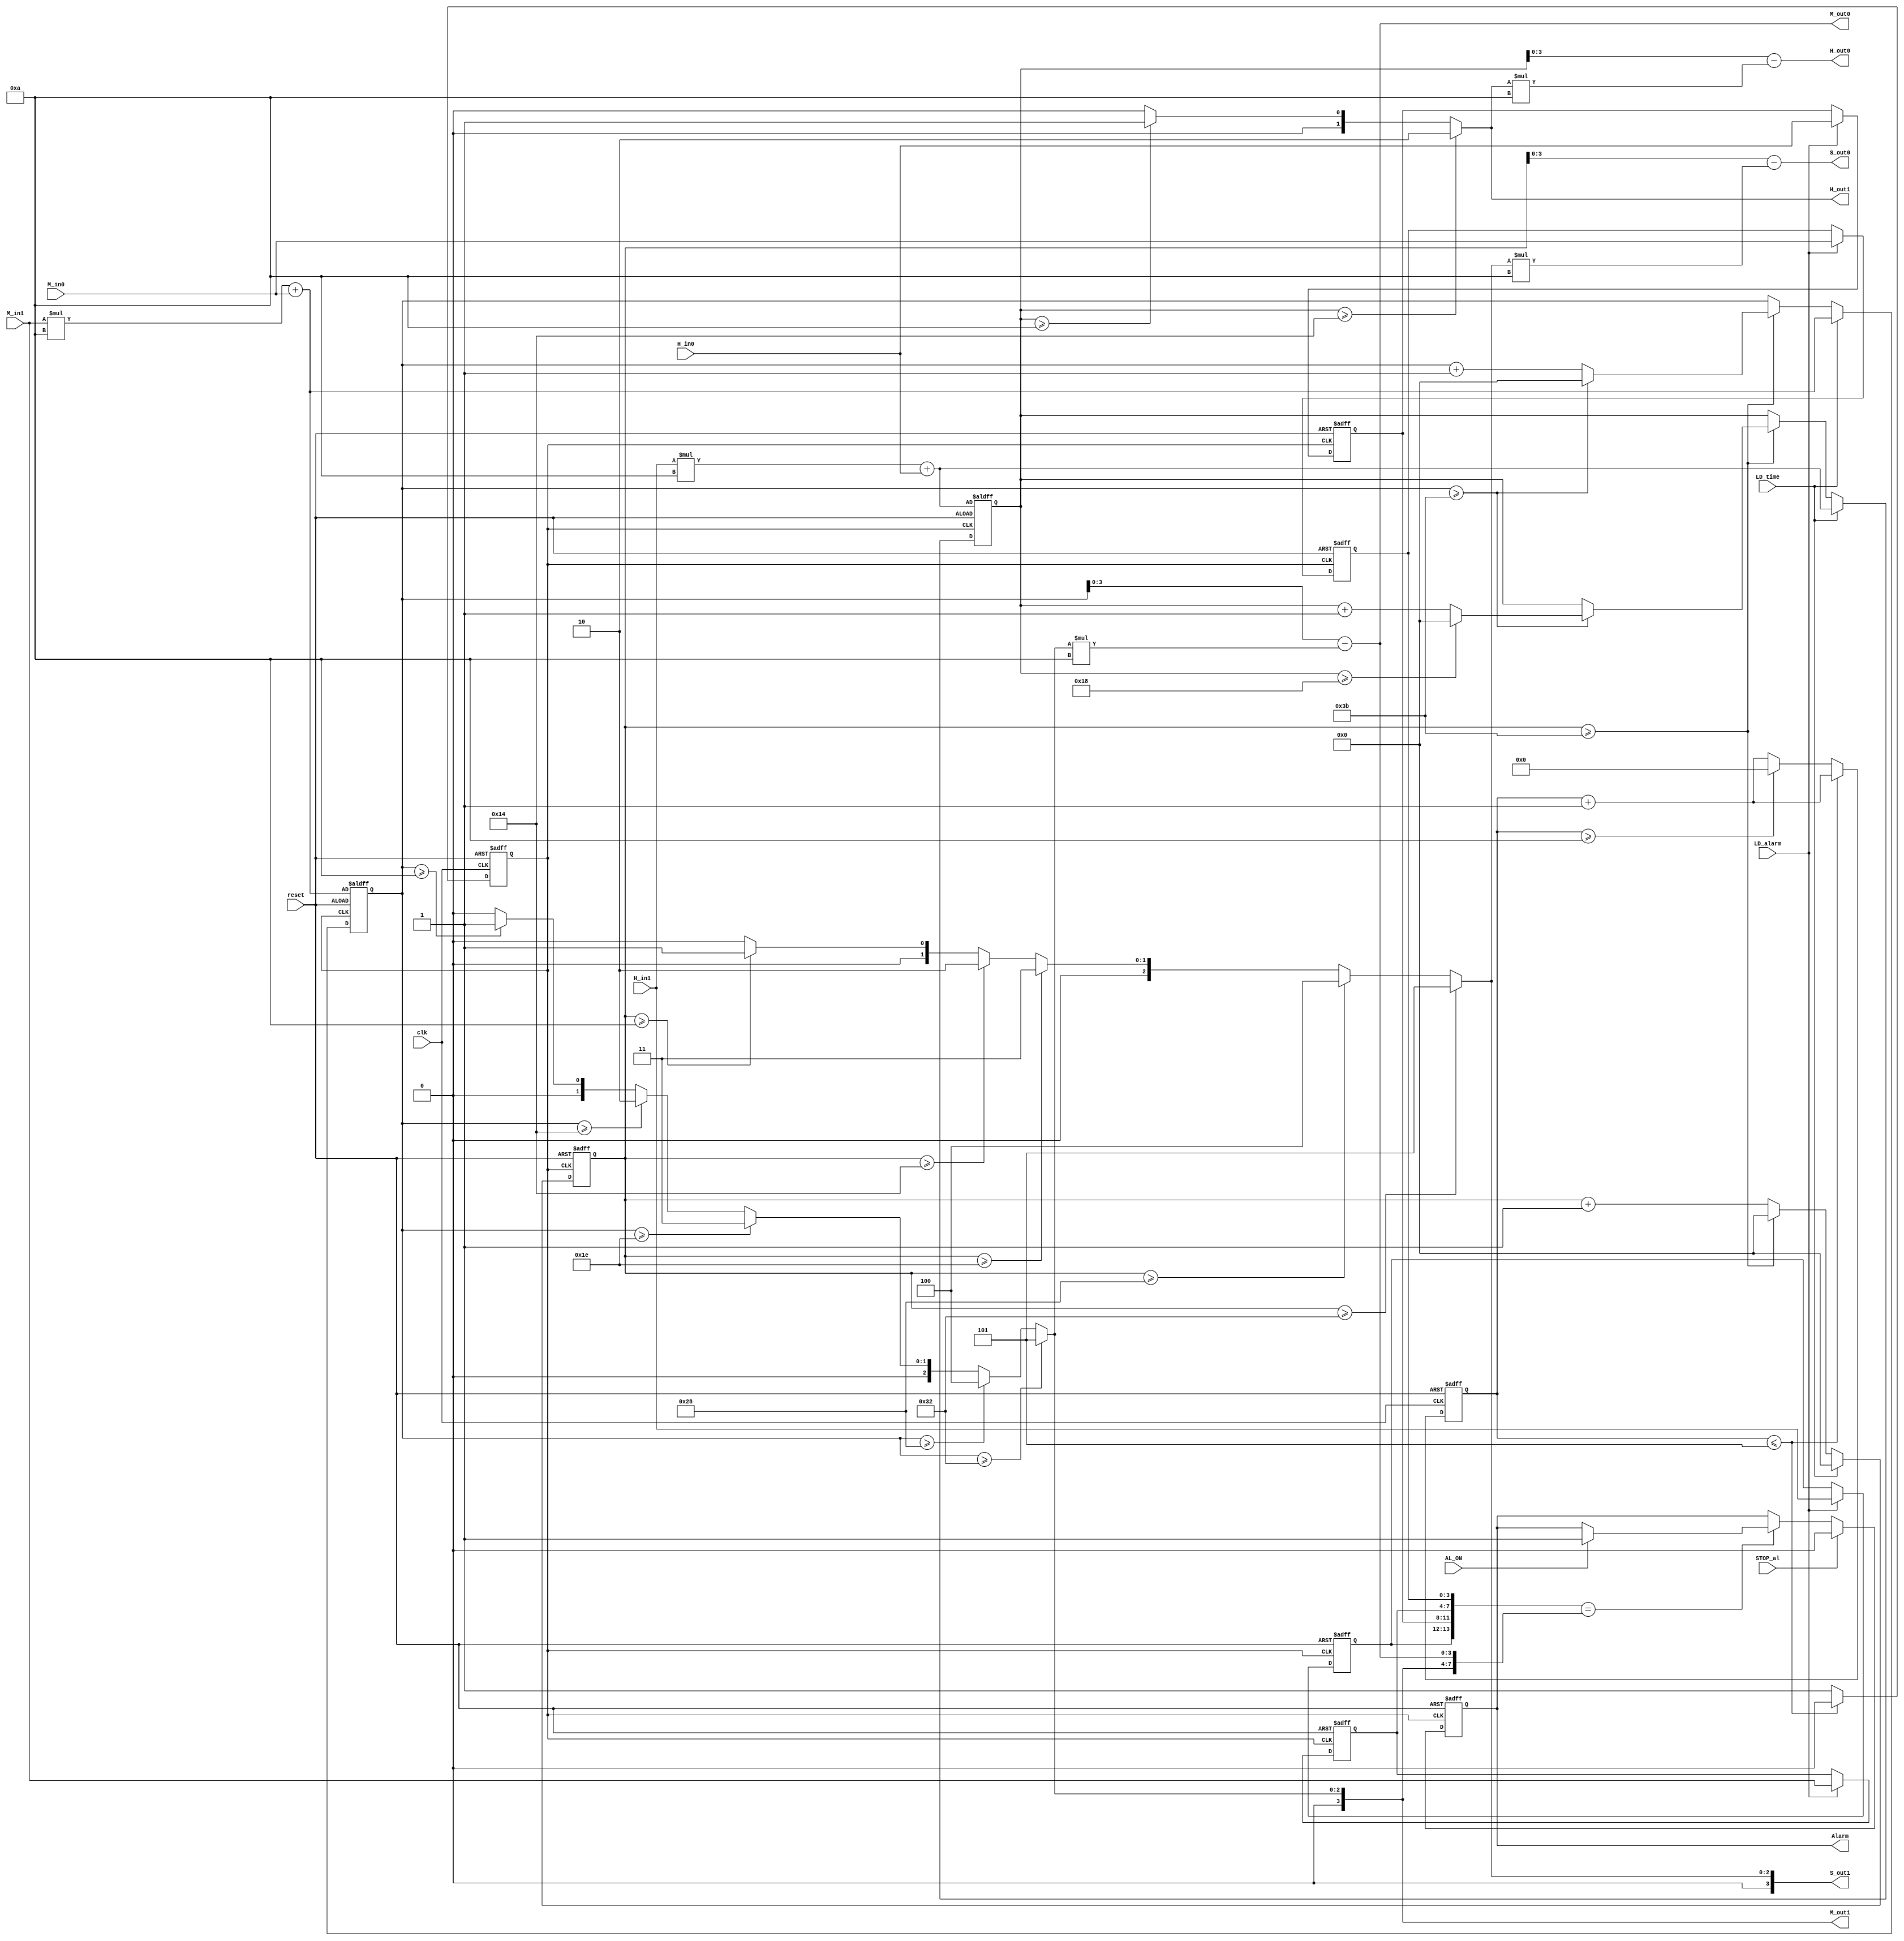
module Alarm_clock(
    input reset,                // Reset signal
    input clk,                  // System clock
    input [1:0] H_in1,          // Hour input (tens place)
    input [3:0] H_in0,          // Hour input (units place)
    input [3:0] M_in1,          // Minute input (tens place)
    input [3:0] M_in0,          // Minute input (units place)
    input LD_time,              // Load time signal
    input LD_alarm,             // Load alarm signal
    input STOP_al,              // Stop alarm signal
    input AL_ON,                // Alarm on signal
    output reg Alarm,           // Alarm output
    output [1:0] H_out1,        // Hour output (tens place)
    output [3:0] H_out0,        // Hour output (units place)
    output [3:0] M_out1,        // Minute output (tens place)
    output [3:0] M_out0,        // Minute output (units place)
    output [3:0] S_out1,        // Second output (tens place)
    output [3:0] S_out0         // Second output (units place)
);

    // Registers for internal state
    reg clk_1s;                 // 1-second clock signal
    reg [3:0] tmp_1s;           // Temporary counter for 1-second clock signal
    reg [5:0] tmp_hour, tmp_minute, tmp_second;  // Temporary registers for current time
    reg [1:0] c_hour1, a_hour1; // Current and alarm hour (tens place)
    reg [3:0] c_hour0, a_hour0; // Current and alarm hour (units place)
    reg [3:0] c_min1, a_min1;   // Current and alarm minute (tens place)
    reg [3:0] c_min0, a_min0;   // Current and alarm minute (units place)
    reg [3:0] c_sec1, a_sec1;   // Current and alarm second (tens place)
    reg [3:0] c_sec0, a_sec0;   // Current and alarm second (units place)

    // Function to calculate the tens place of a number
    function [3:0] mod_10;
        input [5:0] number;
        begin
            mod_10 = (number >= 50) ? 5 : 
                     ((number >= 40) ? 4 : 
                     ((number >= 30) ? 3 : 
                     ((number >= 20) ? 2 : 
                     ((number >= 10) ? 1 : 0))));
        end
    endfunction

    // Always block to handle reset and load signals
    always @(posedge clk_1s or posedge reset)
    begin
        if (reset) begin
            // Reset alarm and current time
            a_hour1 <= 2'b00;
            a_hour0 <= 4'b0000;
            a_min1 <= 4'b0000;
            a_min0 <= 4'b0000;
            a_sec1 <= 4'b0000;
            a_sec0 <= 4'b0000;
            tmp_hour <= H_in1 * 10 + H_in0;
            tmp_minute <= M_in1 * 10 + M_in0;
            tmp_second <= 0;
        end 
        else begin
            if (LD_alarm) begin
                // Load alarm time
                a_hour1 <= H_in1;
                a_hour0 <= H_in0;
                a_min1 <= M_in1;
                a_min0 <= M_in0;
                a_sec1 <= 4'b0000;
                a_sec0 <= 4'b0000;
            end 
            if (LD_time) begin 
                // Load current time
                tmp_hour <= H_in1 * 10 + H_in0;
                tmp_minute <= M_in1 * 10 + M_in0;
                tmp_second <= 0;
            end 
            else begin  
                // Increment seconds
                tmp_second <= tmp_second + 1;
                if (tmp_second >= 59) begin
                    tmp_minute <= tmp_minute + 1;
                    tmp_second <= 0;
                    if (tmp_minute >= 59) begin
                        tmp_minute <= 0;
                        tmp_hour <= tmp_hour + 1;
                        if (tmp_hour >= 24) begin
                            tmp_hour <= 0;
                        end
                    end 
                end
            end 
        end 
    end 

    // Always block to generate 1-second clock signal from system clock
    always @(posedge clk or posedge reset)
    begin
        if (reset) begin
            tmp_1s <= 0;
            clk_1s <= 0;
        end
        else begin
            tmp_1s <= tmp_1s + 1;
            if (tmp_1s <= 5) 
                clk_1s <= 0;
            else if (tmp_1s >= 10) begin
                clk_1s <= 1;
                tmp_1s <= 0;
            end
            else
                clk_1s <= 1;
        end
    end

    // Always block to calculate the current time's tens and units place
    always @(*)
    begin
        if (tmp_hour >= 20) begin
            c_hour1 = 2;
        end
        else begin
            if (tmp_hour >= 10) 
                c_hour1 = 1;
            else
                c_hour1 = 0;
        end
        c_hour0 = tmp_hour - c_hour1 * 10; 
        c_min1 = mod_10(tmp_minute); 
        c_min0 = tmp_minute - c_min1 * 10;
        c_sec1 = mod_10(tmp_second);
        c_sec0 = tmp_second - c_sec1 * 10; 
    end

    // Always block to handle the alarm functionality
    always @(posedge clk_1s or posedge reset)
    begin
        if (reset) 
            Alarm <= 0; 
        else begin
            if ({a_hour1, a_hour0, a_min1, a_min0} == {c_hour1, c_hour0, c_min1, c_min0}) begin
                if (AL_ON) 
                    Alarm <= 1; 
            end
            if (STOP_al) 
                Alarm <= 0;
        end
    end

    // Assign current time to output ports
    assign H_out1 = c_hour1; 
    assign H_out0 = c_hour0; 
    assign M_out1 = c_min1; 
    assign M_out0 = c_min0; 
    assign S_out1 = c_sec1;
    assign S_out0 = c_sec0;

endmodule